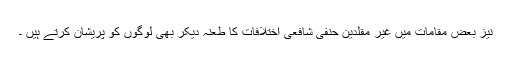
نیز بعض مقامات میں غیر مقلدین حنفی شافعی اختلافات کا طعنہ دیکر بھی لوگوں کو پریشان کرتے ہیں ۔